Code of medical and sanitary regulations for the guidance of medical officers serving in the Madras Presidency - Volume II
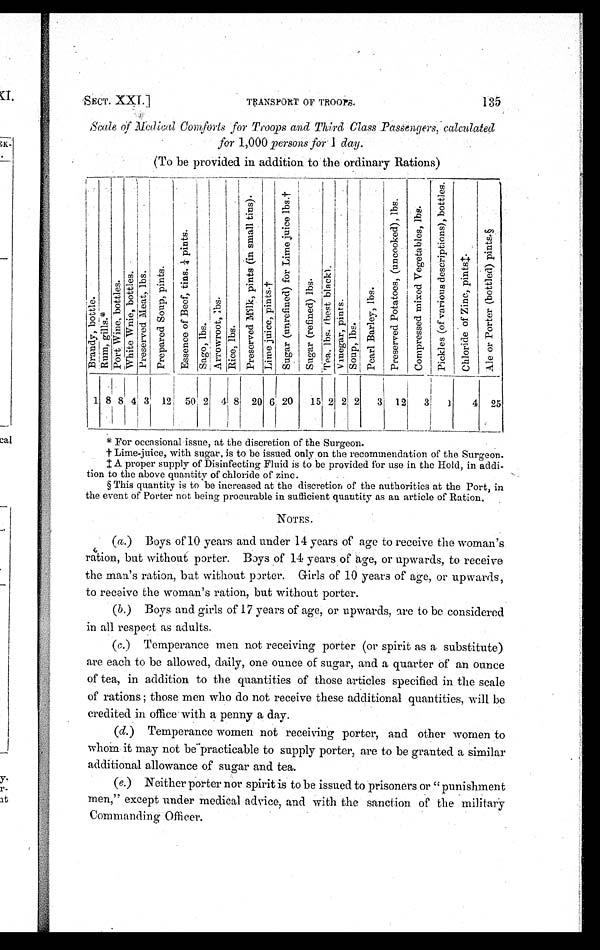
SECT. XXI.]
TRANSPORT OF TROOPS.
135
Scale of Medical Comforts for Troops and Third Class Passengers, calculated
for 1,000 persons for 1 day.
(To be provided in addition. to the ordinary Rations)
B r a n d y , b o t t l e .
R u m , g i l l s . *
P o r t W i n e , b o t t l e s .
W h i t e W i n e , b o t t l e s .
P r e s e r v e d M e a t , l b s .
P r e p a r e d S o u p , p i n t s .
E s s e n c e o f B e e f , t i n s ¼ p i n t s .
S a g o , l b s .
A r r o w r o o t , l b s . R i c e , l b s .
P r e s e r v e d M i l k , p i n t s ( i n s m a l l t i n s ) .
L i m e j u i c e , p i n t s . †
S u g a r ( u n r e f i n e d ) f o r L i m e j u i c e l b s . †
S u g a r ( r e f i n e d ) l b s .
T e a , l b s . ( b e s t b l a c k ) .
V i n e g a r , p i n t s .
S o u p , l b s .
P e a r l B a r l e y , l b s .
P r e s e r v e d P o t a t o e s , ( u n c o o k e d ) , l b s .
C o m p r e s s e d m i x e d V e g e t a b l e s , l b s .
P i c k l e s ( o f v a r i o u s d e s c r i p t i o n s ) , b o t t l e s .
C h l o r i d e o f Z i n c , p i n t s ‡ .
A l e o r P o r t e r ( b o t t l e d ) p i n t s . §
1 8 8 4 3 12 50 2 4 8 20 6 20 15 2 2 2 3 12 3 1 4 25
* For occasional issue, at the discretion of the Surgeon.
† Lime-juice, with sugar, is to be issued only on the recommendation of the Surgeon.
‡ A proper supply of Disinfecting Fluid is to be provided for use in the Hold, in addi-
tion to the above quantity of chloride of zinc.
§ This quantity is to be increased at the discretion of the authorities at the Port, in
the event of Porter not being procurable in sufficient quantity as au article of Ration.
NOTES.
(a.) Boys of 10 years and under 14 years of age to receive the woman's
r[ition, but without porter. Boys of 14 years of age, or upwards, to receive
the man's ration, but without prter. Girls of 10 years of age, or upwards,
to receive the woman's ration, but without porter.
(b.) Boys and girls of 17 years of age, or upwards, are to be considered
in all respect as adults.
(c.) Temperance men not receiving porter (or spirit as a substitute)
are each to be allowed, daily, one ounce of sugar, and a quarter of an ounce
of tea, in addition to the quantities of those articles specified in the scale
of rations ; those men who do not receive these additional quantities, will be
credited in office with a penny a day.
(d.) Temperance women not receiving porter, and other women to
whom it may not be-practicable to supply porter, are to be granted a similar
additional allowance of sugar and tea.
(e.) Neither porter nor spirit is to be issued to prisoners or " punishment
men," except under medical advice, and with the sanction of the military
Comm and ing Officer.